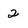
Character: 2